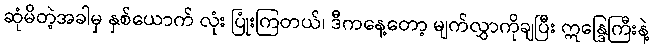
ဆုံမိတဲ့အခါမှ နှစ်ယောက် လုံး ပြုံးကြတယ်၊ ဒီကနေ့တော့ မျက်လွှာကိုချပြီး ဣန္ဒြေကြီးနဲ့